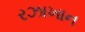
રઝાખાન